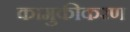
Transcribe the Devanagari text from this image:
कामुकीकरण